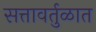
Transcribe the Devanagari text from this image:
सत्तावर्तुळात